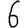
Digit: 6